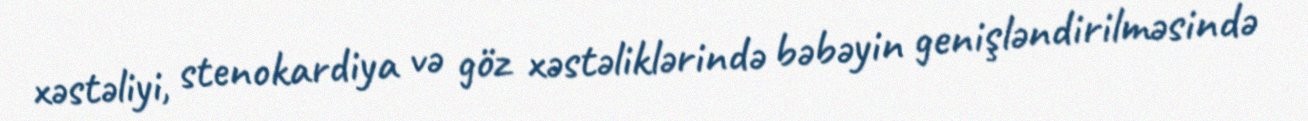
xəstəliyi, stenokardiya və göz xəstəliklərində bəbəyin genişləndirilməsində